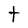
Character: t